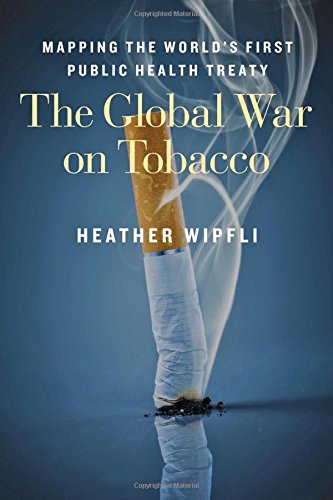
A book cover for The Global War on Tobacco: Mapping the World's First Public Health Treaty; Heather Wipfli; Health, Fitness & Dieting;